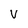
Character: V